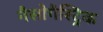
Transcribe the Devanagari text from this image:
नैसोगैस्ट्रिक